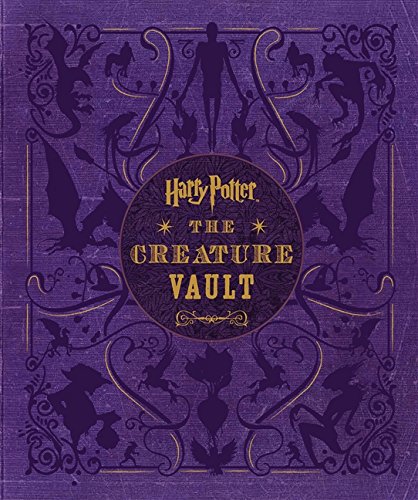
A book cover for Harry Potter: The Creature Vault: The Creatures and Plants of the Harry Potter Films; Jody Revenson; Humor & Entertainment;